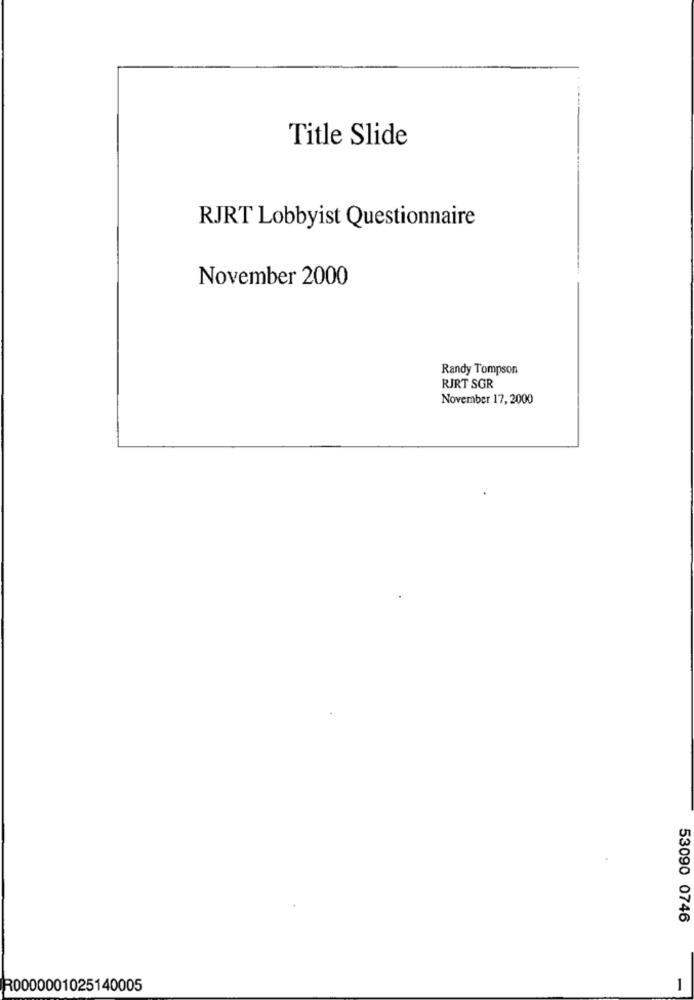
Title Slide
RJRT Lobbyist Questionnaire
November 2000
Randy Tompson
RJRT SGR
November 17, 2000
53090 0746
R0000001025140005